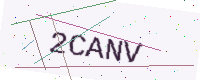
Text: 2CANV